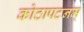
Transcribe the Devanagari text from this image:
कोठापटनम्